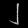
Digit: ၂